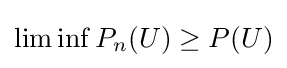
\liminf P_{n}(U)\geq P(U)